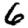
Digit: 6